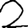
Digit: 2